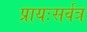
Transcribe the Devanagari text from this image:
प्रायःसर्वत्र